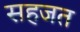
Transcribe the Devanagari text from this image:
सहजत